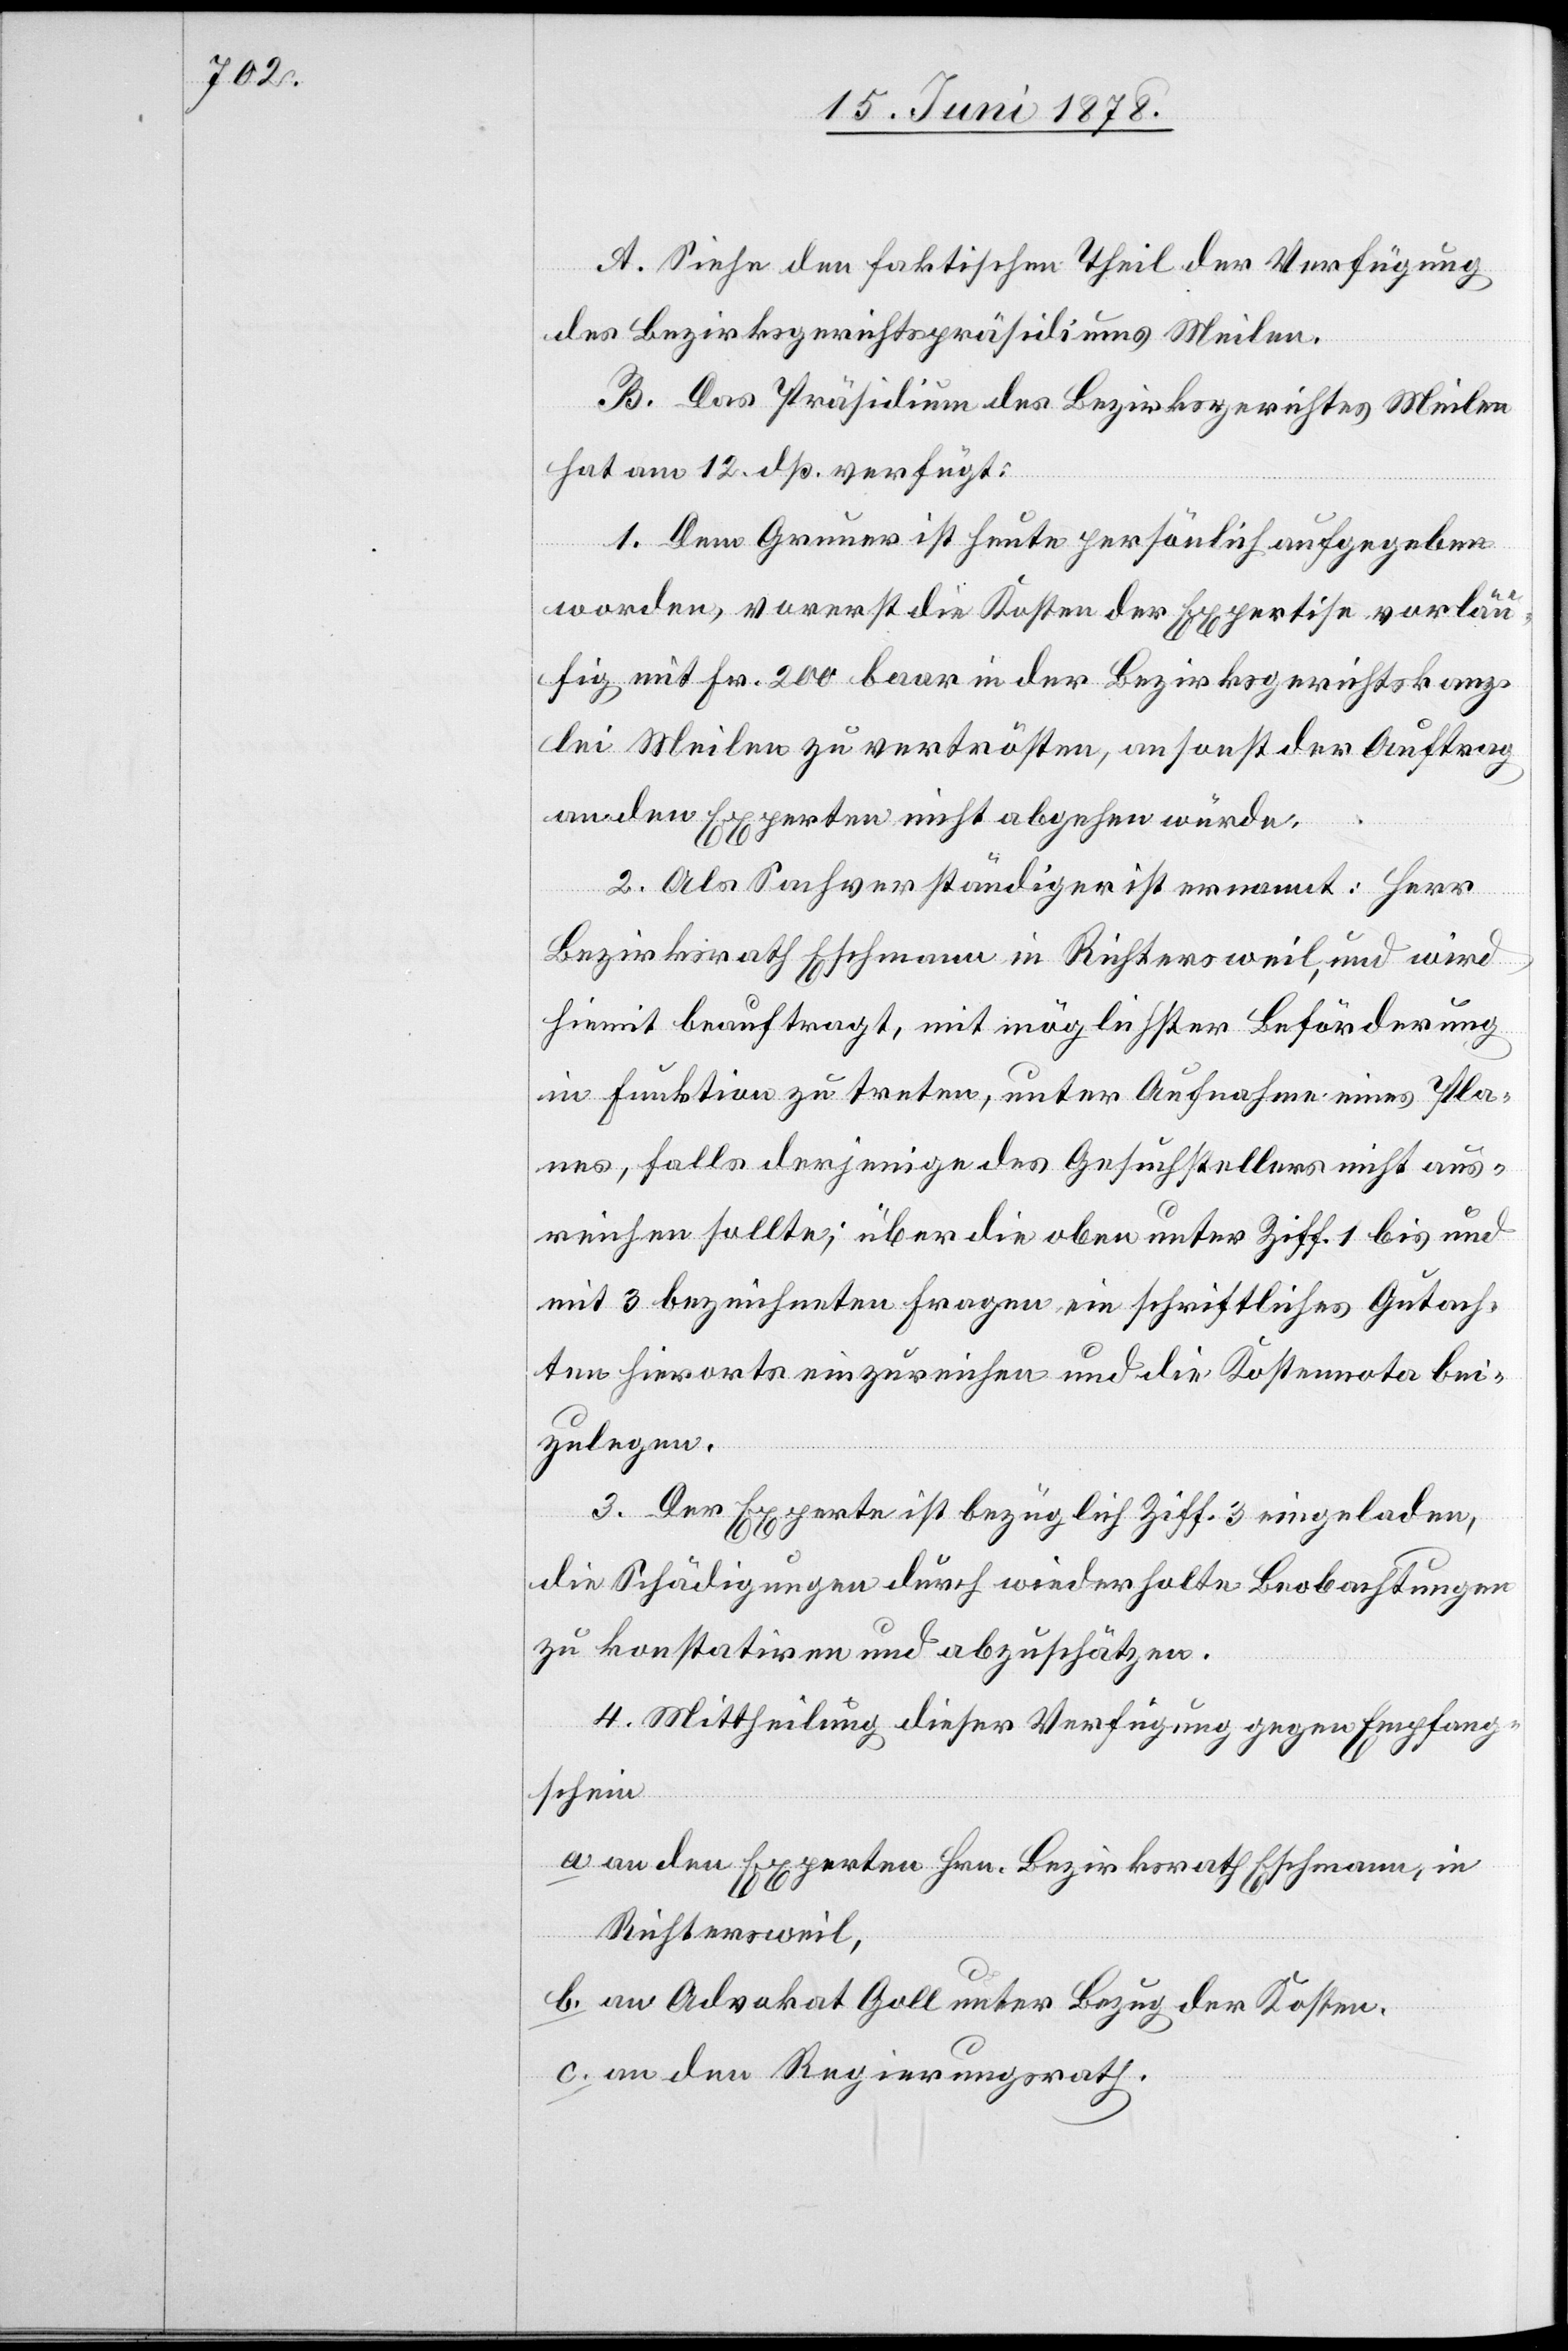
A. Siehe den faktischen Theil der Verfügung
des Bezirksgerichtspräsidiums Meilen.
B. Das Präsidium des Bezirksgerichtes Meilen
hat am 12. dß. verfügt:
1. Dem Gruner ist heute persönlich aufgegeben
worden, vorerst die Kosten der Expertise vorläu¬
fig mit Fr. 200 baar in der Bezirksgerichtskanz¬
lei Meilen zu vertrösten, ansonst der Auftrag
an den Experten nicht abgehen würde.
2. Als Sachverständiger ist ernannt: Herr
Bezirksrath Eschmann in Richtersweil, und wird
hiemit beauftragt, mit möglichster Beförderung
in Funktion zu treten, unter Aufnahme eines Pla¬
nes, falls derjenige des Gesuchstellers nicht aus¬
reichen sollte; über die oben unter Ziff. 1 bis und
mit 3 bezeichneten Fragen ein schriftliches Gutach¬
ten hierorts einzureichen und die Kostennota bei¬
zulegen.
3. Der Experte ist bezüglich Ziff. 3 eingeladen,
die Schädigungen durch wiederholte Beobachtungen
zu konstatiren und abzuschätzen.
4. Mittheilung dieser Verfügung gegen Empfang¬
schein
a. an den Experten Hrn. Bezirksrath Eschmann, in
Richtersweil
b. an Advokat Goll unter Bezug der Kosten.
c. an den Regierungsrath.